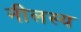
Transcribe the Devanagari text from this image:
नीलस्य